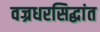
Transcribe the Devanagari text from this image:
वज्रधरसिद्धांत